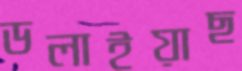
ডলাইয়াছ